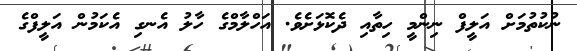
ނުކުތުމަށް އަލީފް ނިންމީ ހިތާއި ދެކޮޅަށެވެ. އަހްލާމްގެ ހާލު އެނގި އެކަމުން އަލީފްގެ